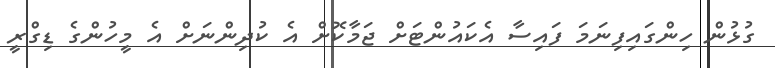
ގުޅުން ހިންގައިފިނަމަ ފައިސާ އެކައުންޓަށް ޖަމާކޮށް އެ ކުދިންނަށް އެ މީހުންގެ ޑިގްރީ